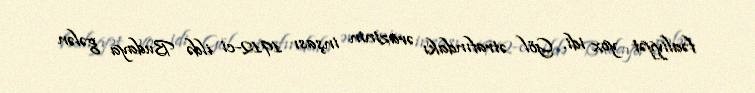
fəaliyyət yox idi. Göl ətrafındakı ərazinin inşası 1912-ci ildə Budaya gələn